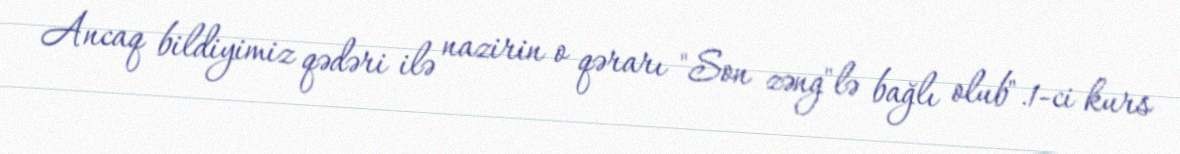
Ancaq bildiyimiz qədəri ilə nazirin o qərarı "Son zəng"lə bağlı olub".1-ci kurs